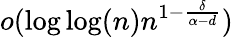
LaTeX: o(\log\log(n)n^{1-\frac{\delta}{\alpha-d}})